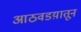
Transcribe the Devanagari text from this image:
आठवडय़ातून